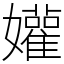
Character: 孉